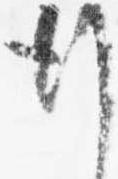
行